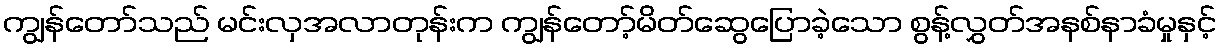
ကျွန်တော်သည် မင်းလှအလာတုန်းက ကျွန်တော့်မိတ်ဆွေပြောခဲ့သော စွန့်လွှတ်အနစ်နာခံမှုနှင့်